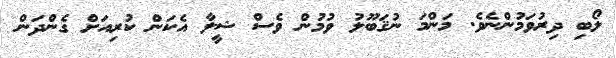
ލޯބި ދިރުވަމުންނެވެ. މަންމަ ނުޤަބޫލު ވުމުން ވެސް ޝީލާ އެކަން ކުރިއަށް ގެންދަން